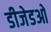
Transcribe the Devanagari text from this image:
डीजेडओ